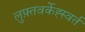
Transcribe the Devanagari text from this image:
लुफ़्तवर्केह्स्वर्त